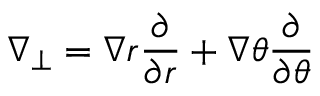
\nabla _ { \perp } = \nabla r \frac { \partial } { \partial r } + \nabla \theta \frac { \partial } { \partial \theta }